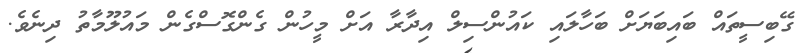
ގޭބިސީތައް ބައިބަޔަށް ބަހާލައި ކައުންސިލް އިދާރާ އަށް މީހުން ގެންގޮސްގެން މައުލޫމާތު ދިނެވެ.